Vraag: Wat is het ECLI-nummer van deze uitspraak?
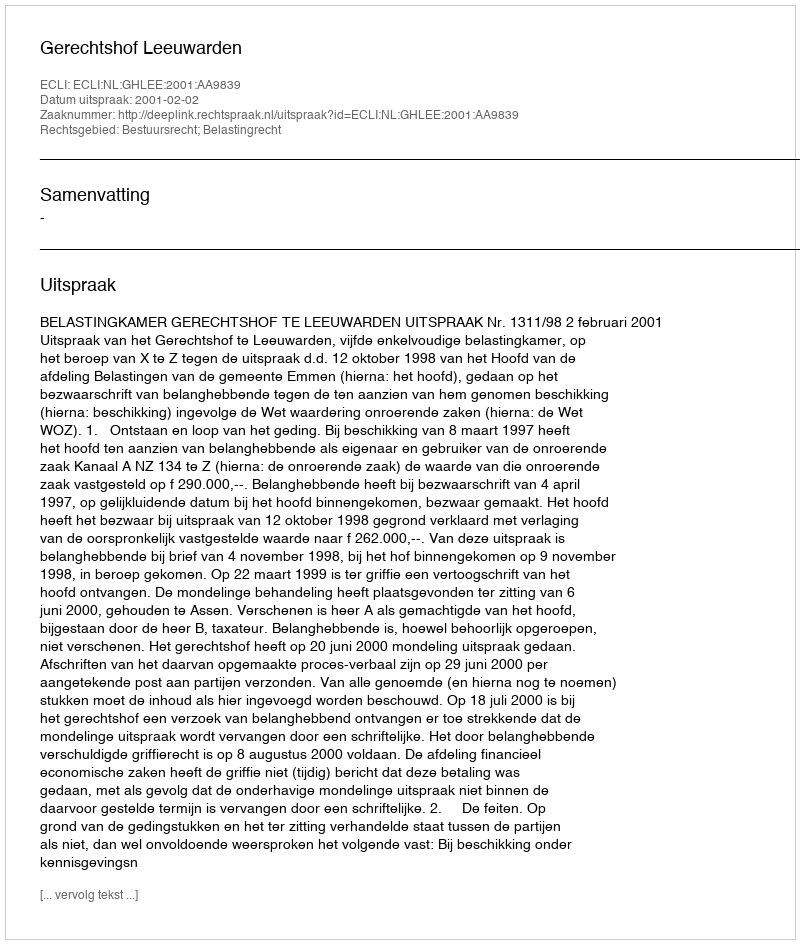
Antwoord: ECLI:NL:GHLEE:2001:AA9839